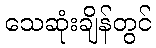
သေဆုံးချိန်တွင်